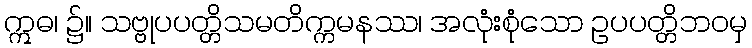
ဣဓ၊ ၌။ သဗ္ဗုပပတ္တိသမတိက္ကမနဿ၊ အလုံးစုံသော ဥပပတ္တိဘဝမှ